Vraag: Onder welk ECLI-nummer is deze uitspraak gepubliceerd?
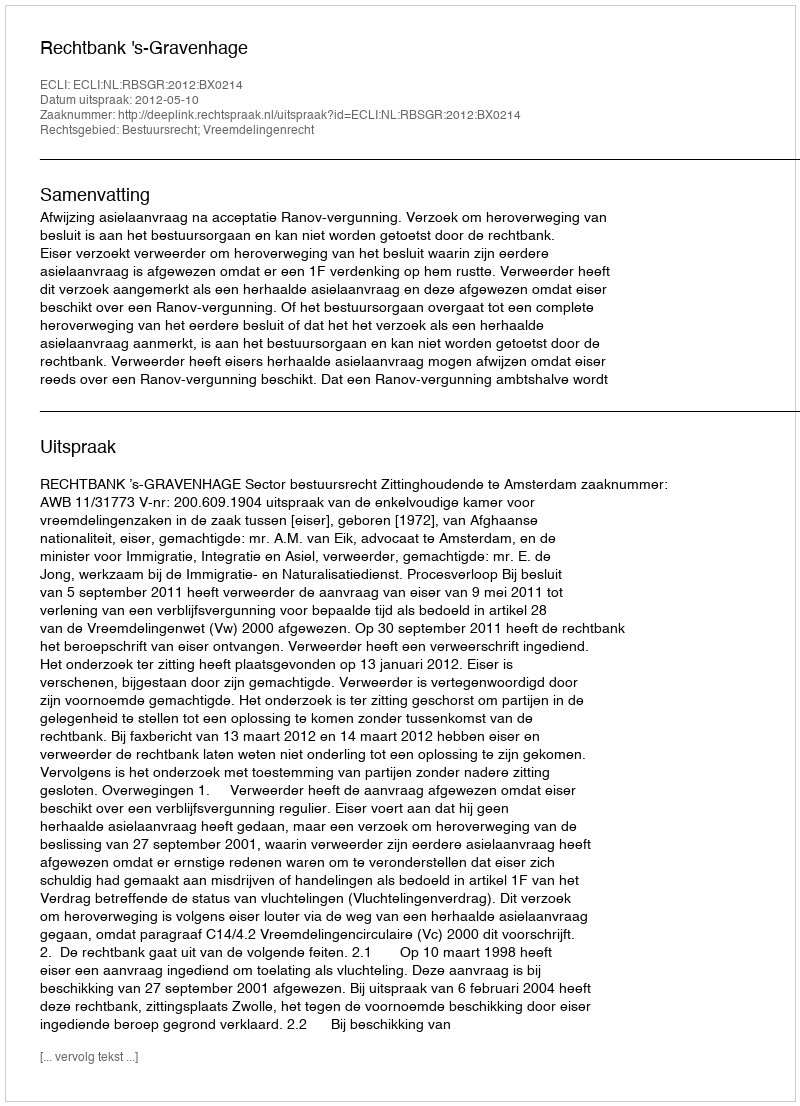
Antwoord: ECLI:NL:RBSGR:2012:BX0214